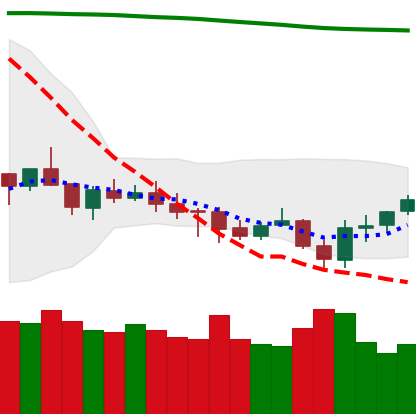
Ticker: XMR-USD
Chart end date: 2021-07-24
Forward return: 15.606%
Label: up_7plus